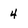
Character: 4